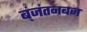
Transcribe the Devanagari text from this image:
ब्ंजंतनबज